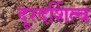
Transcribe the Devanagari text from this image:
दूरदर्शित्व